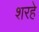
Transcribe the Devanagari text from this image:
शरहे